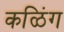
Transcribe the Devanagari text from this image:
कळिंग